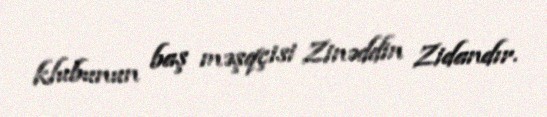
klubunun baş məşqçisi Zinəddin Zidandır.